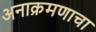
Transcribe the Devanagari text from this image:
अनाक्रमणाचा